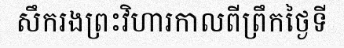
សឹករងព្រះវិហារកាលពីព្រឹកថ្ងៃទី